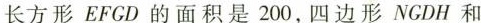
长方形EFCD的面积是200，四边形NGDH和